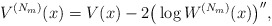
\begin{align*} V^{( N_{m}) }(x)=V(x)-2\big( \log W^{( N_{m}) }( x) \big) ^{\prime \prime }, \end{align*}